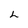
Character: L